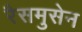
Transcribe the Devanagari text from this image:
रैसमुसेन